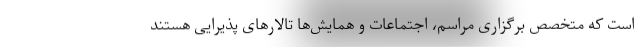
است که متخصص برگزاری مراسم، اجتماعات و همایش‌ها تالارهای پذیرایی هستند